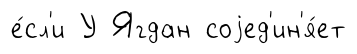
е́сл'и У Ягдан соjед'ин'я́ет